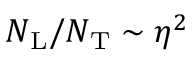
N _ { \mathrm { L } } / N _ { \mathrm { T } } \sim \eta ^ { 2 }